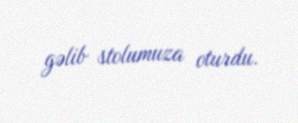
gəlib stolumuza oturdu.